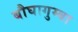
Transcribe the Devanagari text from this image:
बौघागुम्बा